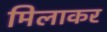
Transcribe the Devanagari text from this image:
मिलाकर